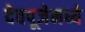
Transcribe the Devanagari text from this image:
देवपूजेमध्ये